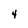
Character: 4